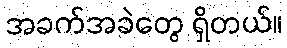
အခက်အခဲတွေ ရှိတယ်။